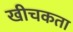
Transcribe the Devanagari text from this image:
खीचकता